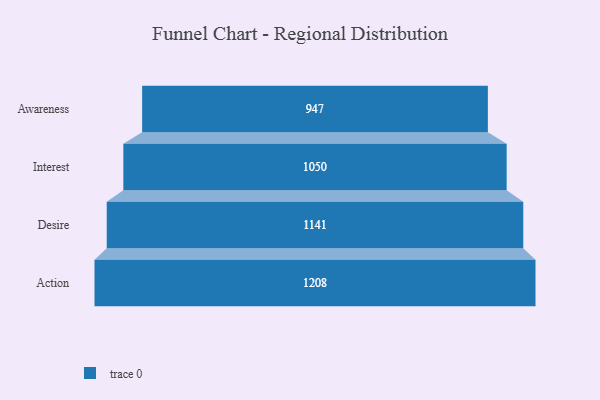
{"axis": {"x": "Stage", "y": "Value"}, "legend": [""], "data": [{"x": "Awareness", "y": 947.0, "type": ""}, {"x": "Interest", "y": 1050.0, "type": ""}, {"x": "Desire", "y": 1141.0, "type": ""}, {"x": "Action", "y": 1208.0, "type": ""}]}